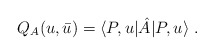
\begin{align*}Q_{A}(u,\bar{u})=\langle P,u|\hat{A}|P,u\rangle\;.\end{align*}